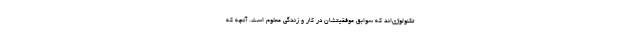
تکنولوژی‌اند که سوابق موفقیتشان در کار و زندگی معلوم است. آنچه که